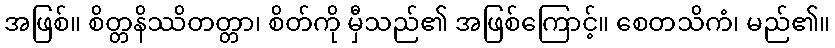
အဖြစ်။ စိတ္တနိဿိတတ္တာ၊ စိတ်ကို မှီသည်၏ အဖြစ်ကြောင့်။ စေတသိကံ၊ မည်၏။